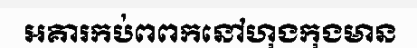
អគារកប់ពពកនៅហុងកុងមាន